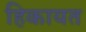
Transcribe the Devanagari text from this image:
हिकायत